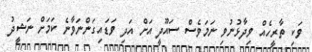
ވަކި ތާރީހެއް ވިދާޅުނުވި ނަމަވެސް ސައޫދީ އަށް އަދި ވަޑައިގަންނަވާނެ ކަމަށް ނަޝީދު